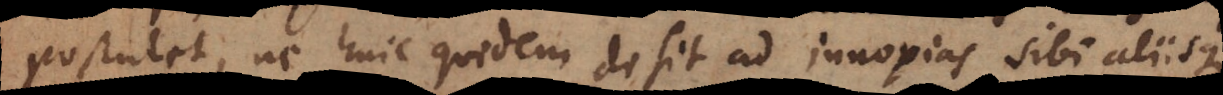
postulet, ne huic quidem desit ad innoxias sibi aliisque